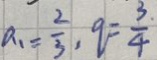
a _ { 1 } = \frac { 2 } { 3 } , q = \frac { 3 } { 4 }